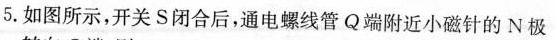
5.如图所示，开关S闭合后，通电螺线管Q端附近小磁针的N极